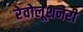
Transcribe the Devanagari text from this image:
रेवोलूशनरी